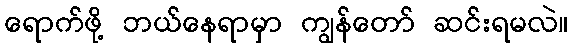
ရောက်ဖို့ ဘယ်နေရာမှာ ကျွန်တော် ဆင်းရမလဲ။